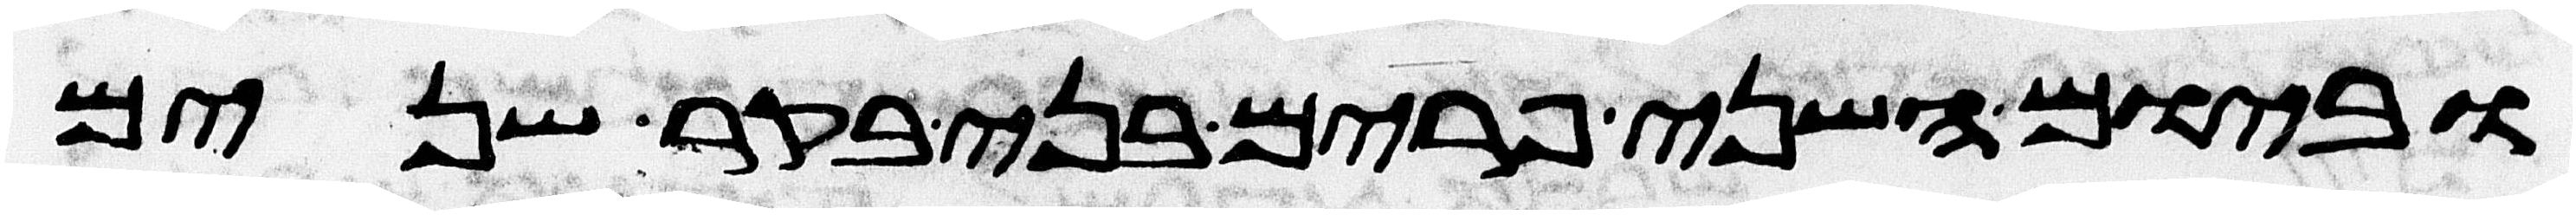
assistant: וביום השני פרים בני בקר שנים